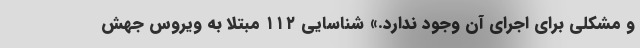
و مشکلی برای اجرای آن وجود ندارد.» شناسایی ۱۱۲ مبتلا به ویروس جهش